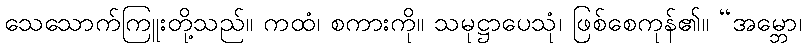
သေသောက်ကြူးတို့သည်။ ကထံ၊ စကားကို။ သမုဋ္ဌာပေသုံ၊ ဖြစ်စေကုန်၏။ “အမ္ဘော၊